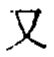
又